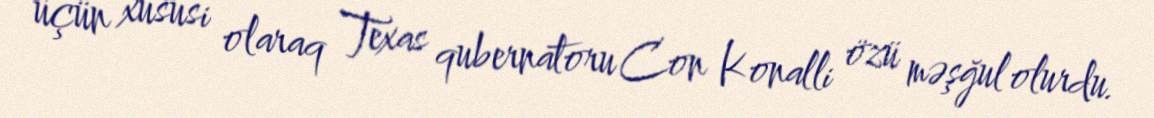
üçün xüsusi olaraq Texas qubernatoru Con Konalli özü məşğul olurdu.